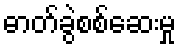
ဓာတ်ခွဲစစ်ဆေးမှု